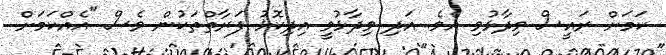
ކަމަށް ރައީސް ވިދާޅުވި އެވެ. އަދި ވިދާޅުވީ އިދިކޮޅު ފަރާތްތަކުން ވެސް "އެއްކަމަށް